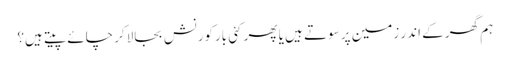
ہم گھر کے اندر زمین پر سوتے ہیں یا پھر کئی بارکورنش بجالاکر چائے پیتے ہیں؟